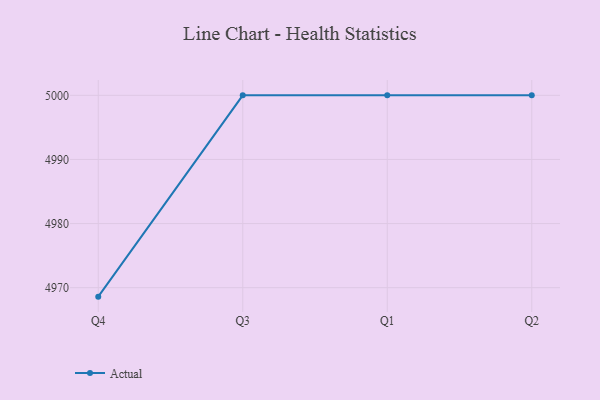
{"axis": {"x": "Quarter", "y": "Market Share (%)"}, "legend": ["Actual"], "data": [{"x": "Q4", "y": 4968.6, "type": "Actual"}, {"x": "Q3", "y": 5000, "type": "Actual"}, {"x": "Q1", "y": 5000, "type": "Actual"}, {"x": "Q2", "y": 5000, "type": "Actual"}]}